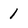
Character: 1